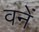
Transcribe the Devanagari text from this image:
वनें